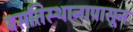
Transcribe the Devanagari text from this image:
वसतिस्थानापासून